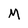
Character: M